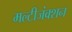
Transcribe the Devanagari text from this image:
मल्टीजंक्शन